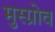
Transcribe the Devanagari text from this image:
मुस्ग्रोव